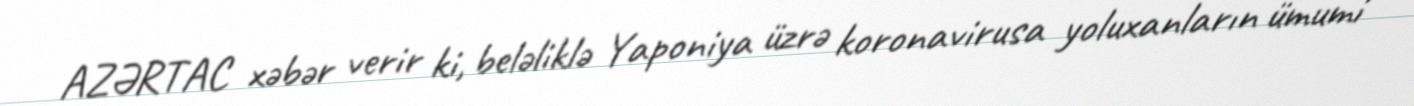
AZƏRTAC xəbər verir ki, beləliklə Yaponiya üzrə koronavirusa yoluxanların ümumi